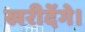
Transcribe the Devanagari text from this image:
खरीदेंगे।